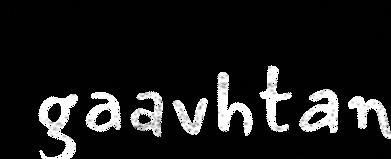
gaavhtan